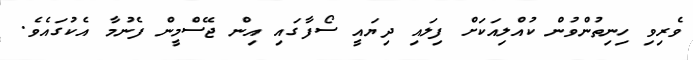
ވެރިވި ހިނިތުންވުން ކުއްލިއަކަށް ފިލައި ދިޔައީ ސޯފާގައި އިން ޖޭސްމީން ފެނުމާ އެކުގައެވެ.